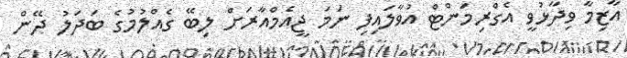
އާޒިމާ ވިދާޅުވީ އެގްރިމަންޓް އުވާލައިފި ނަމަ ޖީއެމްއާރަށް ލިބޭ ގެއްލުމުގެ ބަދަލު ދޭން